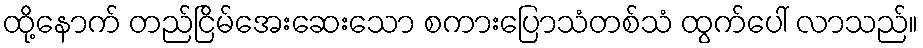
ထို့နောက် တည်ငြိမ်အေးဆေးသော စကားပြောသံတစ်သံ ထွက်ပေါ် လာသည်။